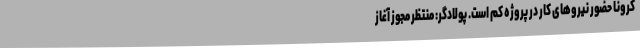
کرونا حضور نیروهای کار در پروژه کم است. پولادگر: منتظر مجوز آغاز